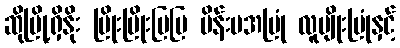
ဆိုမြို့ရှိနိုး မြိုးမြိုးမြမြ မိန်းမအမြုံ လူမျိုးမြုံနှင့်